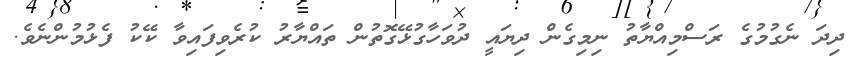
ދިދަ ނެގުމުގެ ރަސްމިއްޔާތު ނިމިގެން ދިޔައީ ދުވަހާގުޅޭގޮތުން ތައްޔާރު ކުރެވިފައިވާ ކޭކު ފެޅުމުންނެވެ.